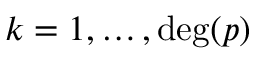
k = 1 , \ldots , \deg ( p )